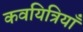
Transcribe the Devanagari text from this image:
कवयित्रियाँ